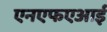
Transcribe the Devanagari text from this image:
एनएफएआई